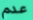
عدم